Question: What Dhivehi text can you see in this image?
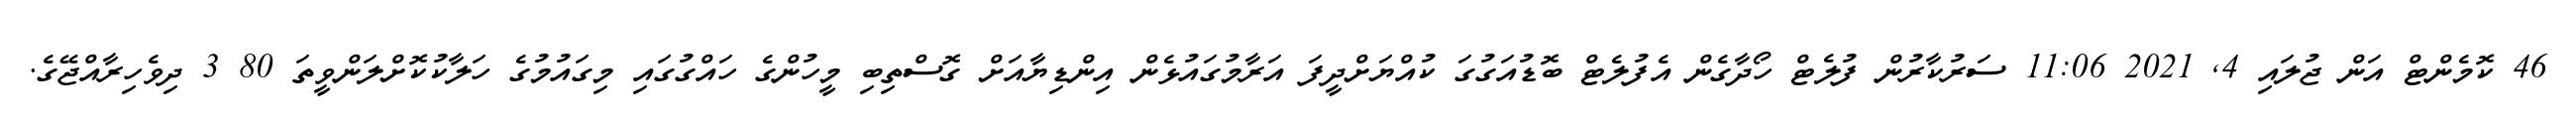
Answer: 46 ކޮމެންޓް އަން ޖުލައި 4, 2021 11:06 ސަރުކާރުން ފުލެޓް ހޯދާގެން އެފުލެޓް ބޮޑުއަގުގަ ކުއްޔަށްދީފަ އަރާމުގައުޅެން އިންޑިޔާއަށް ގޮސްތިބި މީހުންގެ ހައްގުގައި މިގައުމުގެ ހަލާކުކޮށްލަންވީތަ 80 3 ދިވެހިރާއްޖޭގެ.